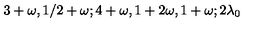
3 + \omega , 1 / 2 + \omega ; 4 + \omega , 1 + 2 \omega , 1 + \omega ; 2 \lambda _ { 0 }